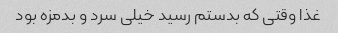
غذا وقتی که بدستم رسید خیلی سرد و بدمزه بود